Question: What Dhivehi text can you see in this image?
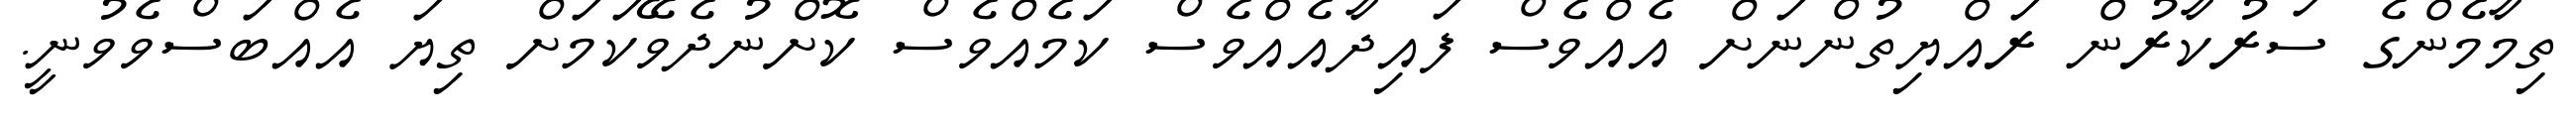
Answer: ތިމާމެންގެ ސަރުކާރުން ރައްޔިތުންނަށް އެއްވެސް ފައިދާއެއްވެސް ކަމެއްވެސް ކޮށްނުދެވޭކަމަށް ތިޔަ އެއްބަސްވެވުނީ.